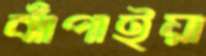
ঝাঁপাইয়া